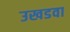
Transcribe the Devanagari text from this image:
उखडवा